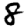
Digit: 8